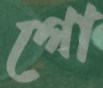
গো